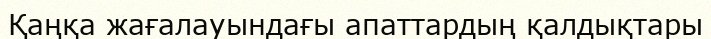
Қаңқа жағалауындағы апаттардың қалдықтары